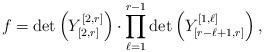
LaTeX: \begin{align*}f= \det\left( Y^{[2,r]}_{[2,r]}\right) \cdot \prod^{r-1}_{\ell=1} \det\left( Y^{[1,\ell]}_{[r-\ell+1 ,r]}\right),\end{align*}